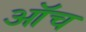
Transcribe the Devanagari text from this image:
ऑच